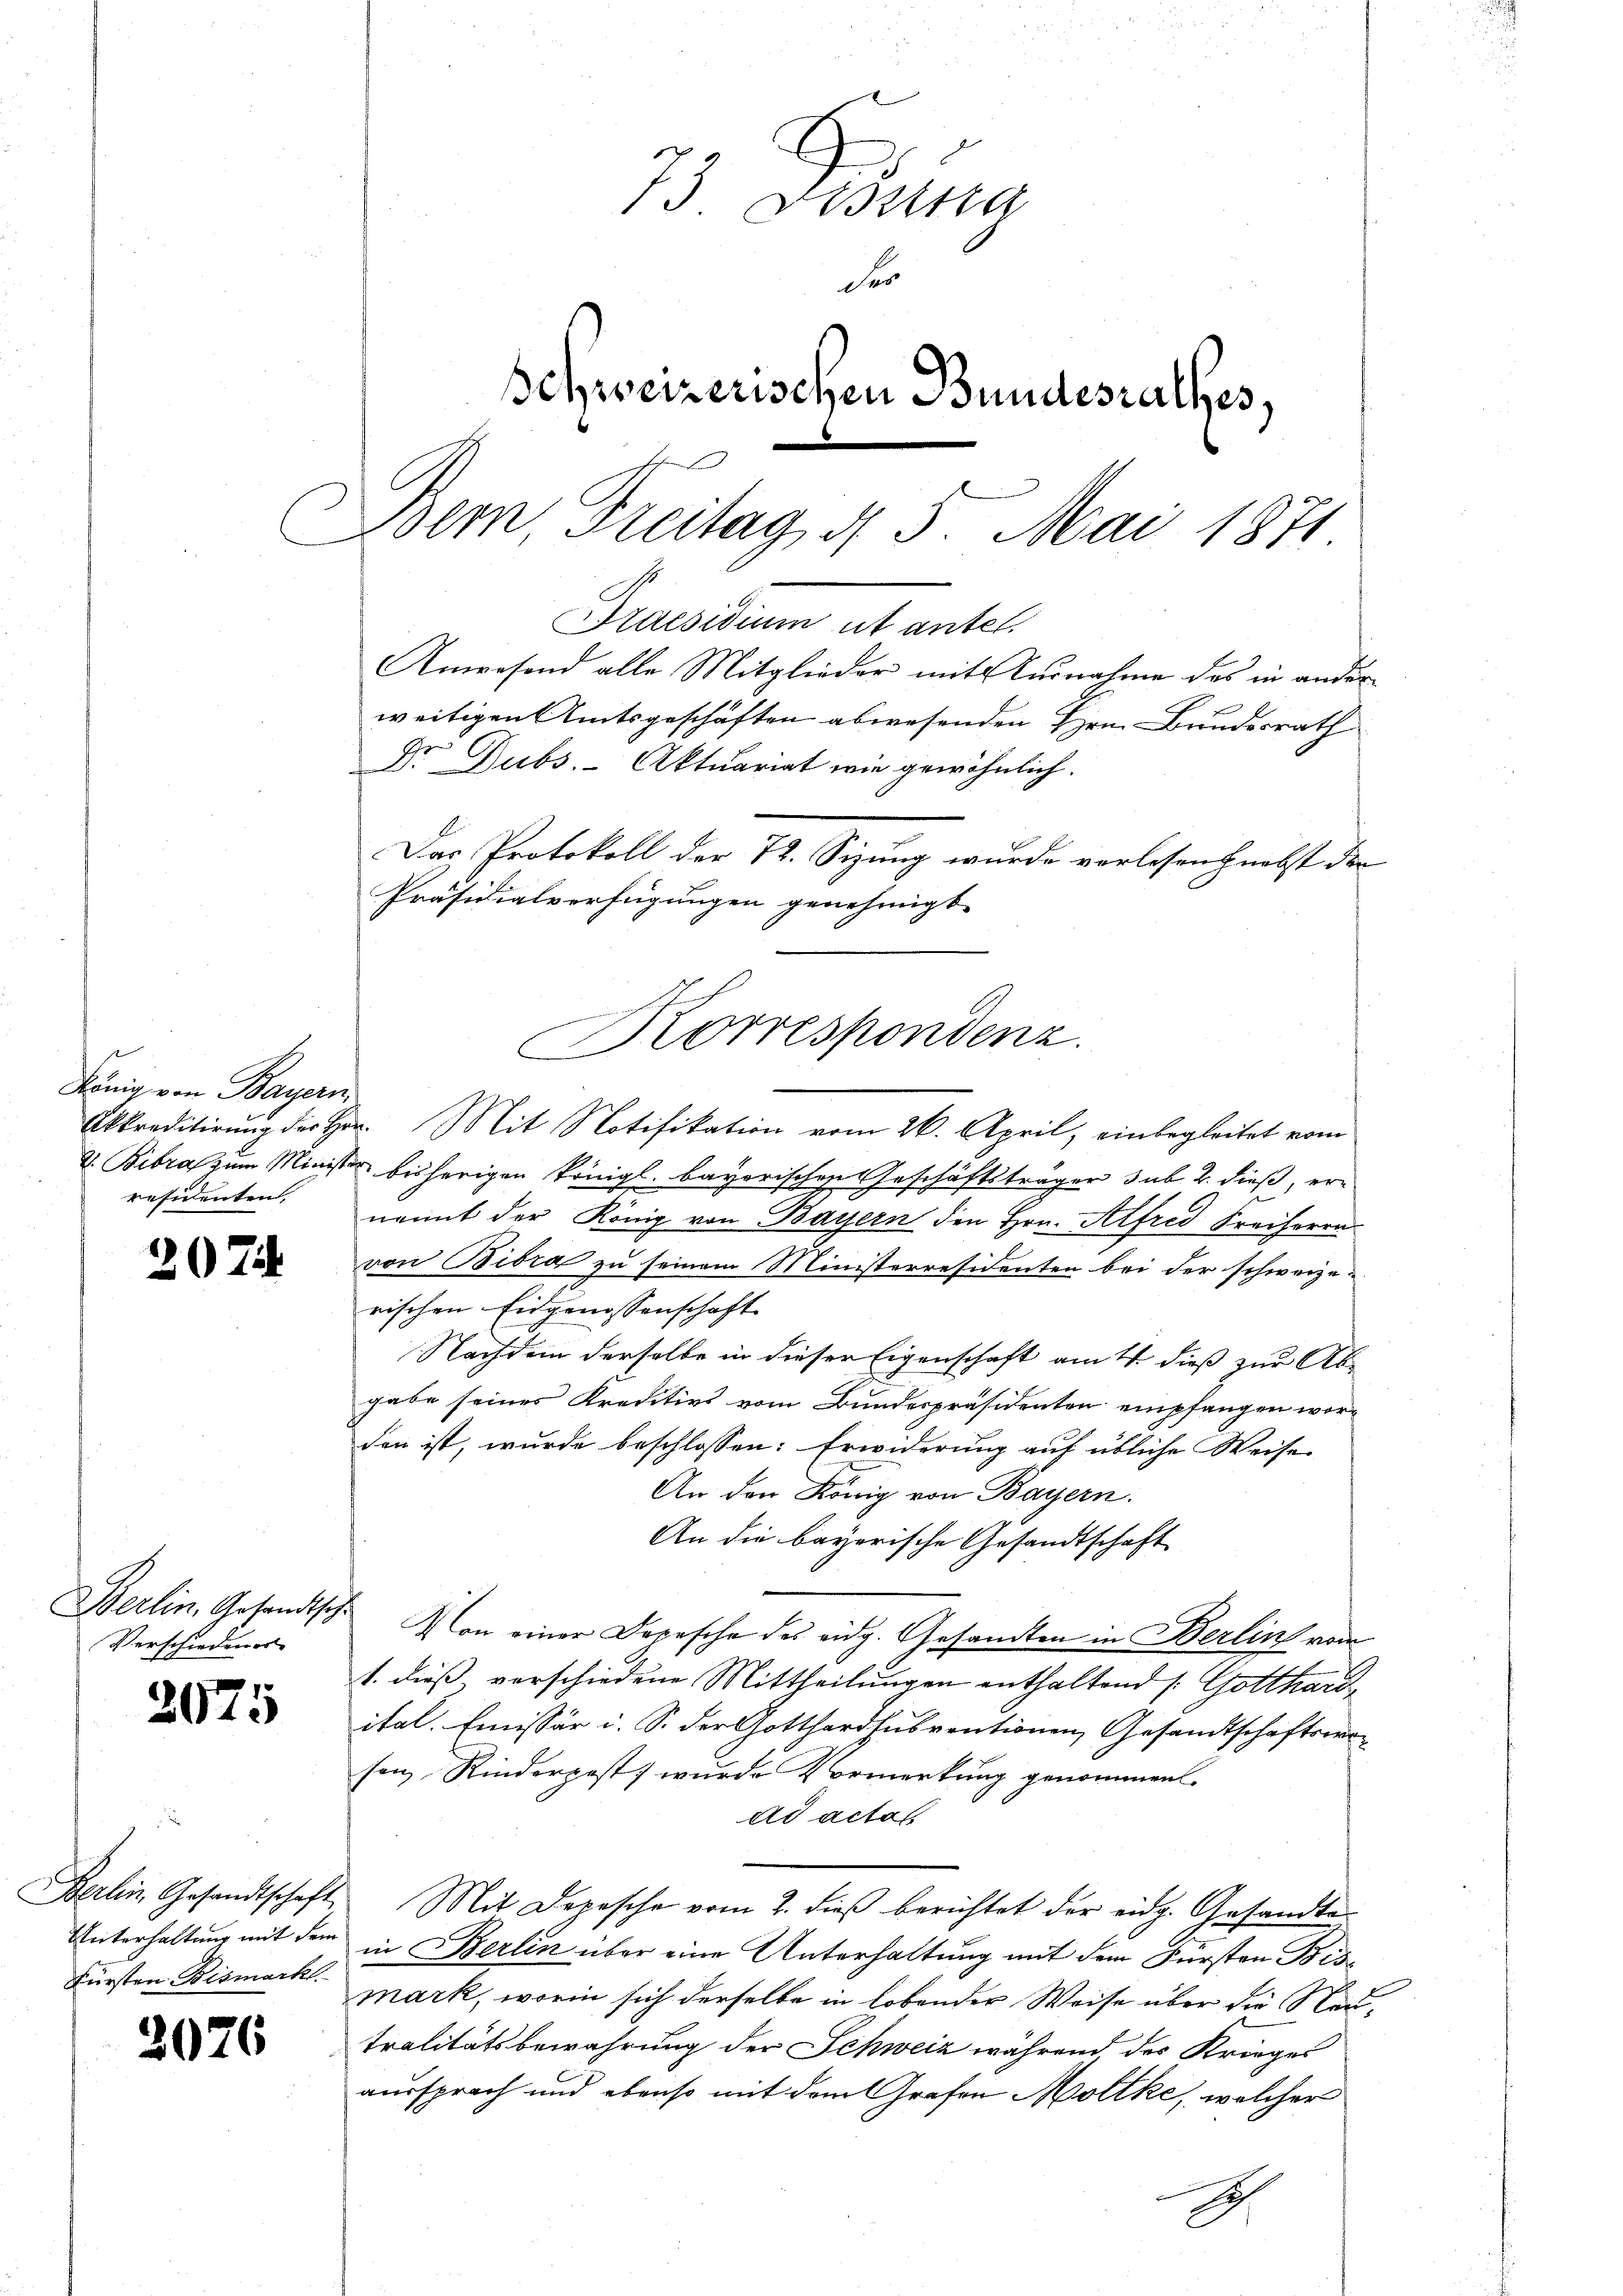
König von Bayern
residenten.

207

Verschiedener

2075

Fürsten Bismarkt.

3076

73 desstra
Fer
Schweizerischen Bundesrathes,
Bem, Steitag d. 5. Mai 1871

Akkreditirung der Hr. Mit Notifikation vom 26. April, einbegleitet vom
&. Bibra zum Minister bisherigen königl. bayerischen Geschäftsträger sub. 2. dieß, ernannt der König von Bayern den Hrn. Alfred Freiherrn
von Bibra zu seinem Ministerresidenten bei der schweizerischen Eidgenossenschaft
Nachdem derselbe in dieser Eigenschaft am 4. dieß zur Ab-
gabe seines Kreditivs vom Bundespräsidenten empfangen worden ist, wurde beschlossen: Erwiderung auf übliche Weise
An den König von Bayern.
An die bayerische Gesandtschaft
Berlin, Gesandtsch von einer Depesche des eidg. Gesandten in Berlin von
1. dieß, verschiedene Mittheilungen enthaltend /: Gotthard
ital. Emissär i. S. der Gotthardsubventionen Gesandtschaftswesen, Rinderpost wurde Vormerkung genommen.
ad actat
Berlin Gesandtschaft Mit Depesche vom 2. dieβ berichtet der eidg. Gesandte
Unterhaltung mit dem in Berlin über eine Unterhaltung mit dem Fürsten Bismark, worin sich derselbe in lobender Weise über die Neutralitätsbewahrung der Schweiz während des Krieges
aussprach und ebenso mit dem Grafen Mollke, welcher
I

Maesidium et antel
Anwesend alle Mitglieder mit Ausnahme des in ander
weitigen Amtsgeschäften abwesenden Hrn. Bundesrath
Dr. Dubs.- Aktuariat wie gewöhnlich.

Das Protokoll der 72. Sizung wurde verlesen nebst der
Präsidialverfügungen genehmigt.
Korrespondenz.